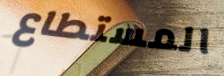
المستطاع